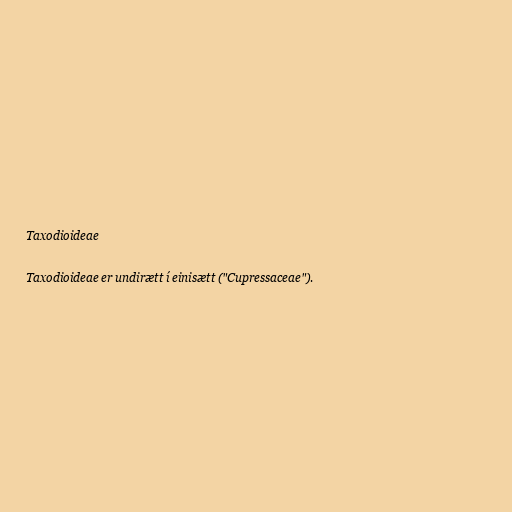
Taxodioideae

Taxodioideae er undirætt í einisætt ("Cupressaceae").